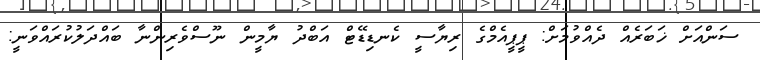
ސަންއަށް ޚަބަރެއް ދެއްވުމަށް: ޕީޕީއެމްގެ ރިޔާސީ ކެނޑިޑޭޓް އަބްދު ޔާމީން ނޫސްވެރިންނާ ބައްދަލުކުރައްވަނީ: